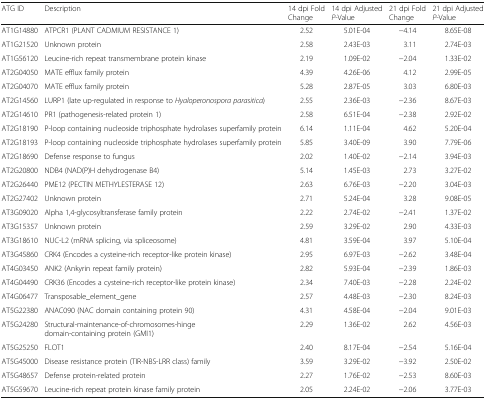
<table><thead><tr><td><b>ATG ID</b></td><td><b>Description</b></td><td><b>14 dpi Fold Change</b></td><td><b>14 dpi Adjusted <i>P</i>-Value</b></td><td><b>21 dpi Fold Change</b></td><td><b>21 dpi Adjusted <i>P</i>-Value</b></td></tr></thead><tbody><tr><td>AT1G14880</td><td>ATPCR1 (PLANT CADMIUM RESISTANCE 1)</td><td>2.52</td><td>5.01E-04</td><td>−4.14</td><td>8.65E-08</td></tr><tr><td>AT1G21520</td><td>Unknown protein</td><td>2.58</td><td>2.43E-03</td><td>3.11</td><td>2.74E-03</td></tr><tr><td>AT1G56120</td><td>Leucine-rich repeat transmembrane protein kinase</td><td>2.19</td><td>1.09E-02</td><td>−2.04</td><td>1.33E-02</td></tr><tr><td>AT2G04050</td><td>MATE efflux family protein</td><td>4.39</td><td>4.26E-06</td><td>4.12</td><td>2.99E-05</td></tr><tr><td>AT2G04070</td><td>MATE efflux family protein</td><td>5.28</td><td>2.87E-05</td><td>3.03</td><td>6.80E-03</td></tr><tr><td>AT2G14560</td><td>LURP1 (late up-regulated in response to <i>Hyaloperonospora parasitica</i>)</td><td>2.55</td><td>2.36E-03</td><td>−2.36</td><td>8.67E-03</td></tr><tr><td>AT2G14610</td><td>PR1 (pathogenesis-related protein 1)</td><td>2.58</td><td>6.51E-04</td><td>−2.38</td><td>2.92E-02</td></tr><tr><td>AT2G18190</td><td>P-loop containing nucleoside triphosphate hydrolases superfamily protein</td><td>6.14</td><td>1.11E-04</td><td>4.62</td><td>5.20E-04</td></tr><tr><td>AT2G18193</td><td>P-loop containing nucleoside triphosphate hydrolases superfamily protein</td><td>5.85</td><td>3.40E-09</td><td>3.90</td><td>7.79E-06</td></tr><tr><td>AT2G18690</td><td>Defense response to fungus</td><td>2.02</td><td>1.40E-02</td><td>−2.14</td><td>3.94E-03</td></tr><tr><td>AT2G20800</td><td>NDB4 (NAD(P)H dehydrogenase B4)</td><td>5.14</td><td>1.45E-03</td><td>2.73</td><td>3.27E-02</td></tr><tr><td>AT2G26440</td><td>PME12 (PECTIN METHYLESTERASE 12)</td><td>2.63</td><td>6.76E-03</td><td>−2.20</td><td>3.04E-03</td></tr><tr><td>AT2G27402</td><td>Unknown protein</td><td>2.71</td><td>5.24E-04</td><td>3.28</td><td>9.08E-05</td></tr><tr><td>AT3G09020</td><td>Alpha 1,4-glycosyltransferase family protein</td><td>2.22</td><td>2.74E-02</td><td>−2.41</td><td>1.37E-02</td></tr><tr><td>AT3G15357</td><td>Unknown protein</td><td>2.59</td><td>3.29E-02</td><td>2.90</td><td>4.33E-03</td></tr><tr><td>AT3G18610</td><td>NUC-L2 (mRNA splicing, via spliceosome)</td><td>4.81</td><td>3.59E-04</td><td>3.97</td><td>5.10E-04</td></tr><tr><td>AT3G45860</td><td>CRK4 (Encodes a cysteine-rich receptor-like protein kinase)</td><td>2.95</td><td>6.97E-03</td><td>−2.62</td><td>3.48E-04</td></tr><tr><td>AT4G03450</td><td>ANK2 (Ankyrin repeat family protein)</td><td>2.82</td><td>5.93E-04</td><td>−2.39</td><td>1.86E-03</td></tr><tr><td>AT4G04490</td><td>CRK36 (Encodes a cysteine-rich receptor-like protein kinase)</td><td>2.34</td><td>7.40E-03</td><td>−2.28</td><td>2.24E-02</td></tr><tr><td>AT4G06477</td><td>Transposable_element_gene</td><td>2.57</td><td>4.48E-03</td><td>−2.30</td><td>8.24E-03</td></tr><tr><td>AT5G22380</td><td>ANAC090 (NAC domain containing protein 90)</td><td>4.31</td><td>4.58E-04</td><td>−2.04</td><td>9.01E-03</td></tr><tr><td>AT5G24280</td><td>Structural-maintenance-of-chromosomes-hinge domain-containing protein (GMI1)</td><td>2.29</td><td>1.36E-02</td><td>2.62</td><td>4.56E-03</td></tr><tr><td>AT5G25250</td><td>FLOT1</td><td>2.40</td><td>8.17E-04</td><td>−2.54</td><td>5.16E-04</td></tr><tr><td>AT5G45000</td><td>Disease resistance protein (TIR-NBS-LRR class) family</td><td>3.59</td><td>3.29E-02</td><td>−3.92</td><td>2.50E-02</td></tr><tr><td>AT5G48657</td><td>Defense protein-related protein</td><td>2.27</td><td>1.76E-02</td><td>−2.53</td><td>8.60E-03</td></tr><tr><td>AT5G59670</td><td>Leucine-rich repeat protein kinase family protein</td><td>2.05</td><td>2.24E-02</td><td>−2.06</td><td>3.77E-03</td></tr></tbody></table>